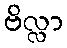
ဗိလ္လာ